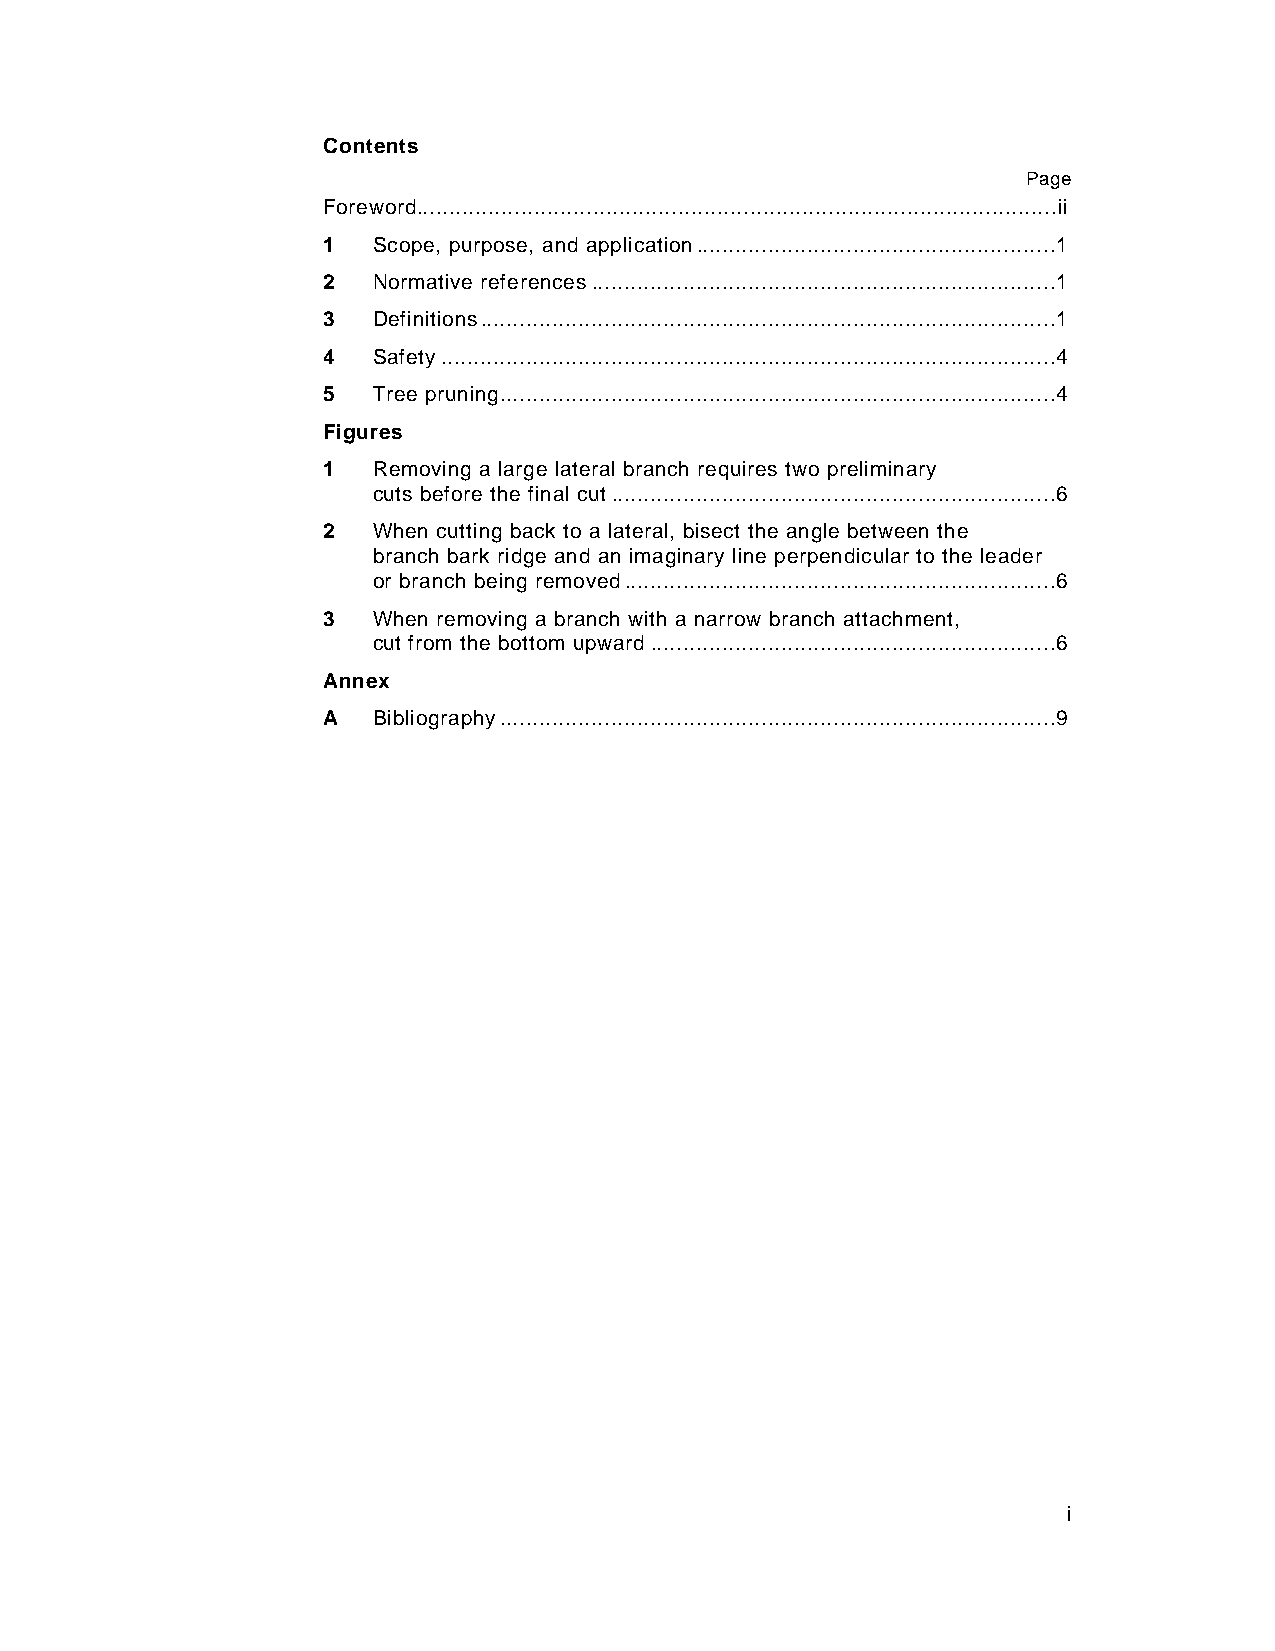
Contents
 Page
 Foreword..................................................................................................ii
 1   Scope, purpose, and application.......................................................1
 2   Normative references.......................................................................1
 3   Definitions........................................................................................1
 4   Safety..............................................................................................4
 5   Tree pruning.....................................................................................4
 Figures
 1   Removing a large lateral branch requires two preliminary
 cuts before the final cut....................................................................6
 2   When cutting back to a lateral, bisect the angle between the
 branch bark ridge and an imaginary line perpendicular to the leader
 or branch being removed..................................................................6
 3   When removing a branch with a narrow branch attachment,
 cut from the bottom upward..............................................................6
 Annex
 A   Bibliography.....................................................................................9
 i